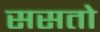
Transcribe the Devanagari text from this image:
ससतो